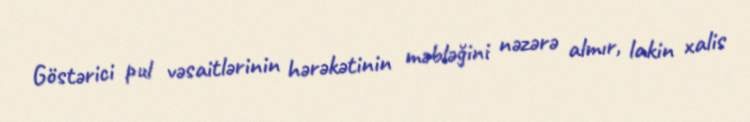
Göstərici pul vəsaitlərinin hərəkətinin məbləğini nəzərə almır, lakin xalis